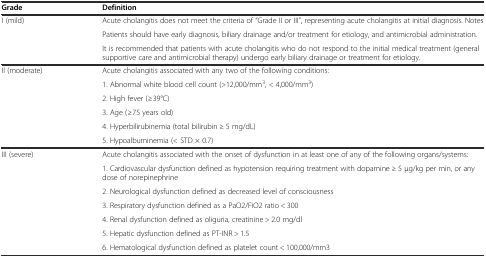
<table><thead><tr><td><b>Grade</b></td><td><b>Definition</b></td></tr></thead><tbody><tr><td rowspan="3">I (mild)</td><td>Acute cholangitis does not meet the criteria of “Grade II or III”, representing acute cholangitis at initial diagnosis. Notes</td></tr><tr><td>Patients should have early diagnosis, biliary drainage and/or treatment for etiology, and antimicrobial administration.</td></tr><tr><td>It is recommended that patients with acute cholangitis who do not respond to the initial medical treatment (general supportive care and antimicrobial therapy) undergo early biliary drainage or treatment for etiology.</td></tr><tr><td rowspan="6">II (moderate)</td><td>Acute cholangitis associated with any two of the following conditions:</td></tr><tr><td>1. Abnormal white blood cell count (&gt;12,000/mm<sup>3</sup>, &lt; 4,000/mm<sup>3</sup>)</td></tr><tr><td>2. High fever (≥39°C)</td></tr><tr><td>3. Age (≥75 years old)</td></tr><tr><td>4. Hyperbilirubinemia (total bilirubin ≥ 5 mg/dL)</td></tr><tr><td>5. Hypoalbuminemia (&lt; STD × 0.7)</td></tr><tr><td rowspan="7">III (severe)</td><td>Acute cholangitis associated with the onset of dysfunction in at least one of any of the following organs/systems:</td></tr><tr><td>1. Cardiovascular dysfunction defined as hypotension requiring treatment with dopamine ≥ 5 μg/kg per min, or any dose of norepinephrine</td></tr><tr><td>2. Neurological dysfunction defined as decreased level of consciousness</td></tr><tr><td>3. Respiratory dysfunction defined as a PaO2/FiO2 ratio &lt; 300</td></tr><tr><td>4. Renal dysfunction defined as oliguria, creatinine &gt; 2.0 mg/dl</td></tr><tr><td>5. Hepatic dysfunction defined as PT-INR &gt; 1.5</td></tr><tr><td>6. Hematological dysfunction defined as platelet count &lt; 100,000/mm3</td></tr></tbody></table>